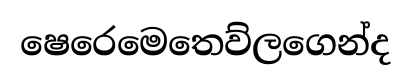
ෂෙරෙමෙතෙව්ලගෙන්ද